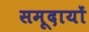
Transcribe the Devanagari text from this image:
समूदायों